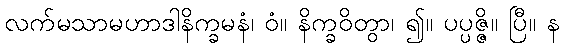
လက်မသာမဟာဒါနိက္ခမနံ၊ ဝံ။ နိက္ခဝိတွာ၊ ၍။ ပပ္ပဇ္ဇိ။ ပြီ။ န